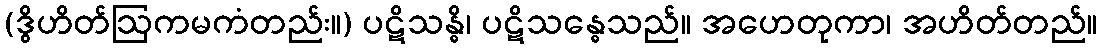
(ဒွိဟိတ်ဩကမကံတည်း။) ပဋိသန္ဓိ၊ ပဋိသန္ဓေသည်။ အဟေတုကာ၊ အဟိတ်တည်။